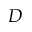
D